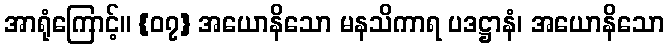
အာရုံကြောင့်။ {၀၇} အယောနိသော မနသိကာရ ပဒဋ္ဌာနံ၊ အယောနိသော